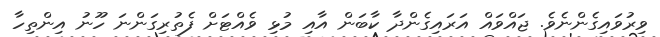
ވިރުވައިގެންނެވެ. ޖައްވައް އަރައިގެންދާ ކާބަން އާއި މުޅި ވެއްޓަށް ފެތުރިގަންނަ ހޫނު އިންތިހާ